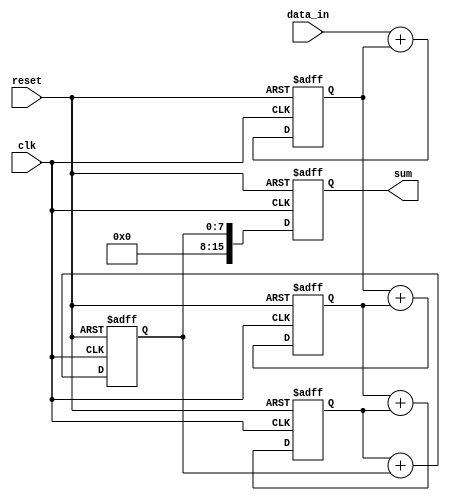
module parallel_accumulator(
  input clk,             // Clock signal
  input reset,           // Reset signal
  input [7:0] data_in,   // Input data
  output reg [15:0] sum  // Accumulated sum output
);

reg [7:0] data_temp [3:0]; // Temporary data storage for each arithmetic block

always @ (posedge clk or posedge reset) begin
  if (reset) begin
    sum <= 16'b0; // Reset sum to 0
    data_temp[0] <= 8'd0; // Reset data_temp to 0 for each block
    data_temp[1] <= 8'd0;
    data_temp[2] <= 8'd0;
    data_temp[3] <= 8'd0;
  end else begin
    data_temp[0] <= data_in + data_temp[0]; // Accumulate data in each block
    data_temp[1] <= data_temp[0] + data_temp[1];
    data_temp[2] <= data_temp[1] + data_temp[2];
    data_temp[3] <= data_temp[2] + data_temp[3];
    
    sum <= data_temp[3]; // Final output is the sum from the last block
  end
end

endmodule